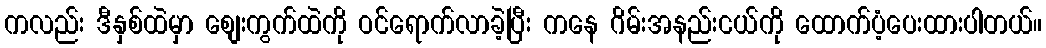
ကလည်း ဒီနှစ်ထဲမှာ စျေးကွက်ထဲကို ဝင်ရောက်လာခဲ့ပြီး ကနေ ဂိမ်းအနည်းငယ်ကို ထောက်ပံ့ပေးထားပါတယ်။